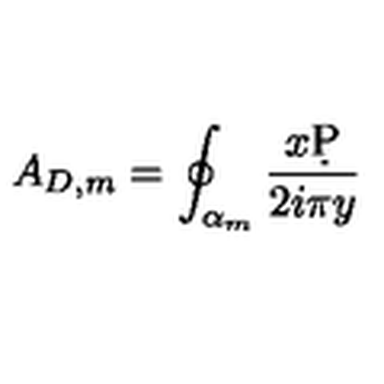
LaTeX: A _ { D , m } = \oint _ { \alpha _ { m } } { \frac { x \d P } { 2 i \pi y } }